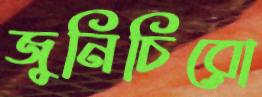
জুনিচিরো